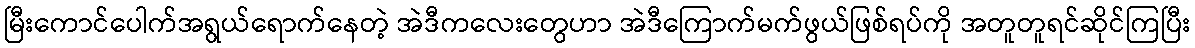
မြီးကောင်ပေါက်အရွယ်ရောက်နေတဲ့ အဲဒီကလေးတွေဟာ အဲဒီကြောက်မက်ဖွယ်ဖြစ်ရပ်ကို အတူတူရင်ဆိုင်ကြပြီး